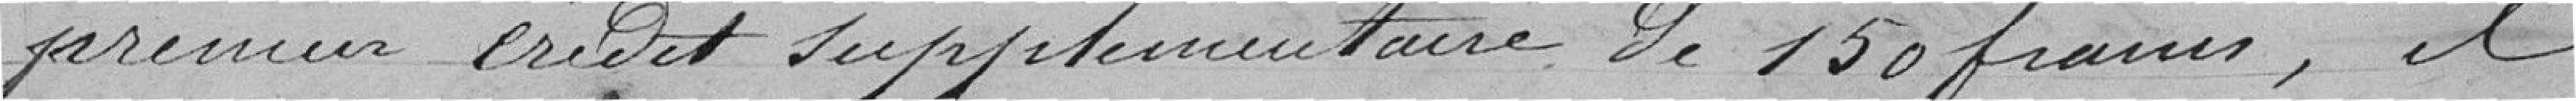
premier crédit supplémentaire de 150 francs, il